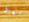
فقط